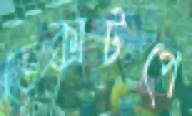
ডেক্সটপে